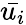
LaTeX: \bar{u_{i}}